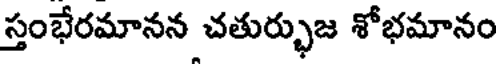
స్తంభేరమానన చతుర్భుజ శోభమానం